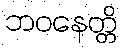
ဘဝနေတ္တိ